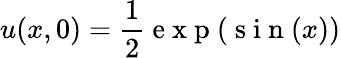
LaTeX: u(x,0)=\frac{1}{2}\mathrm{~e~x~p~}(\mathrm{~s~i~n~}(x))